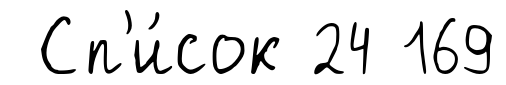
Сп'и́сок 24 169